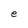
Character: e